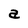
Character: a